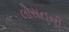
લોસનની